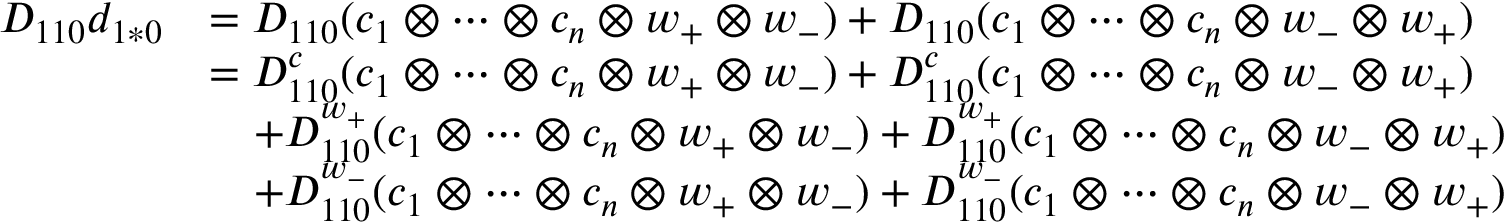
\begin{array} { r l } { D _ { 1 1 0 } d _ { 1 * 0 } } & { = D _ { 1 1 0 } ( c _ { 1 } \otimes \cdots \otimes c _ { n } \otimes w _ { + } \otimes w _ { - } ) + D _ { 1 1 0 } ( c _ { 1 } \otimes \cdots \otimes c _ { n } \otimes w _ { - } \otimes w _ { + } ) } \\ & { = D _ { 1 1 0 } ^ { c } ( c _ { 1 } \otimes \cdots \otimes c _ { n } \otimes w _ { + } \otimes w _ { - } ) + D _ { 1 1 0 } ^ { c } ( c _ { 1 } \otimes \cdots \otimes c _ { n } \otimes w _ { - } \otimes w _ { + } ) } \\ & { \quad + D _ { 1 1 0 } ^ { w _ { + } } ( c _ { 1 } \otimes \cdots \otimes c _ { n } \otimes w _ { + } \otimes w _ { - } ) + D _ { 1 1 0 } ^ { w _ { + } } ( c _ { 1 } \otimes \cdots \otimes c _ { n } \otimes w _ { - } \otimes w _ { + } ) } \\ & { \quad + D _ { 1 1 0 } ^ { w _ { - } } ( c _ { 1 } \otimes \cdots \otimes c _ { n } \otimes w _ { + } \otimes w _ { - } ) + D _ { 1 1 0 } ^ { w _ { - } } ( c _ { 1 } \otimes \cdots \otimes c _ { n } \otimes w _ { - } \otimes w _ { + } ) } \end{array}